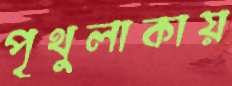
পৃথুলাকায়